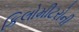
કિલોમીટરોની